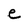
Character: e